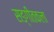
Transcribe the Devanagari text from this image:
सङ्गीतकला